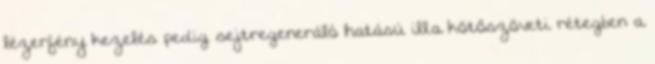
lézerfény kezelés pedig sejtregeneráló hatású ill.a kötőszöveti rétegben a